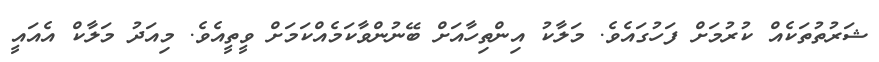
ޝަރުތުތަކެއް ކުރުމަށް ފަހުގައެވެ. މަލާކު އިންތިހާއަށް ބޭނުންވާކަމެއްކަމަށް ވީތީއެވެ. މިއަދު މަލާކް އެއައީ